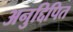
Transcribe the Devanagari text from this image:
अनुद्दिपित